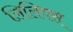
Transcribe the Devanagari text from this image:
लिलियस